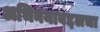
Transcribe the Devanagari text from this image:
अभिनयाबद्दलचा